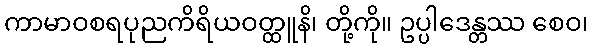
ကာမာဝစရပုညကိရိယဝတ္ထူနိ၊ တို့ကို။ ဥပ္ပါဒေန္တဿ စေဝ၊